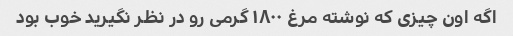
اگه اون چیزی که نوشته مرغ ۱۸۰۰ گرمی رو در نظر نگیرید خوب بود